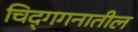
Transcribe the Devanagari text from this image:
चिद्‌गगनातील